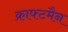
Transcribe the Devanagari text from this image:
क्राफ्टमैन